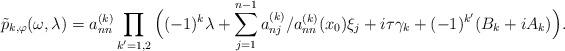
LaTeX: \begin{align*} \tilde{p}_{k,\varphi}(\omega, \lambda) &= a_{nn}^{(k)} \prod_{k'=1,2} \Big( (-1)^k \lambda + \sum_{j=1}^{n-1} a_{nj}^{(k)}/ a_{nn}^{(k)}(x_0)\xi_j + i \tau \gamma_k + (-1)^{k'} ( B_k + i A_k) \Big). \end{align*}